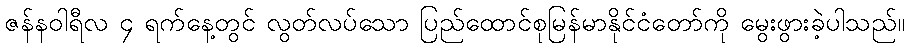
ဇန်နဝါရီလ ၄ ရက်နေ့တွင် လွတ်လပ်သော ပြည်ထောင်စုမြန်မာနိုင်ငံတော်ကို မွေးဖွားခဲ့ပါသည်။